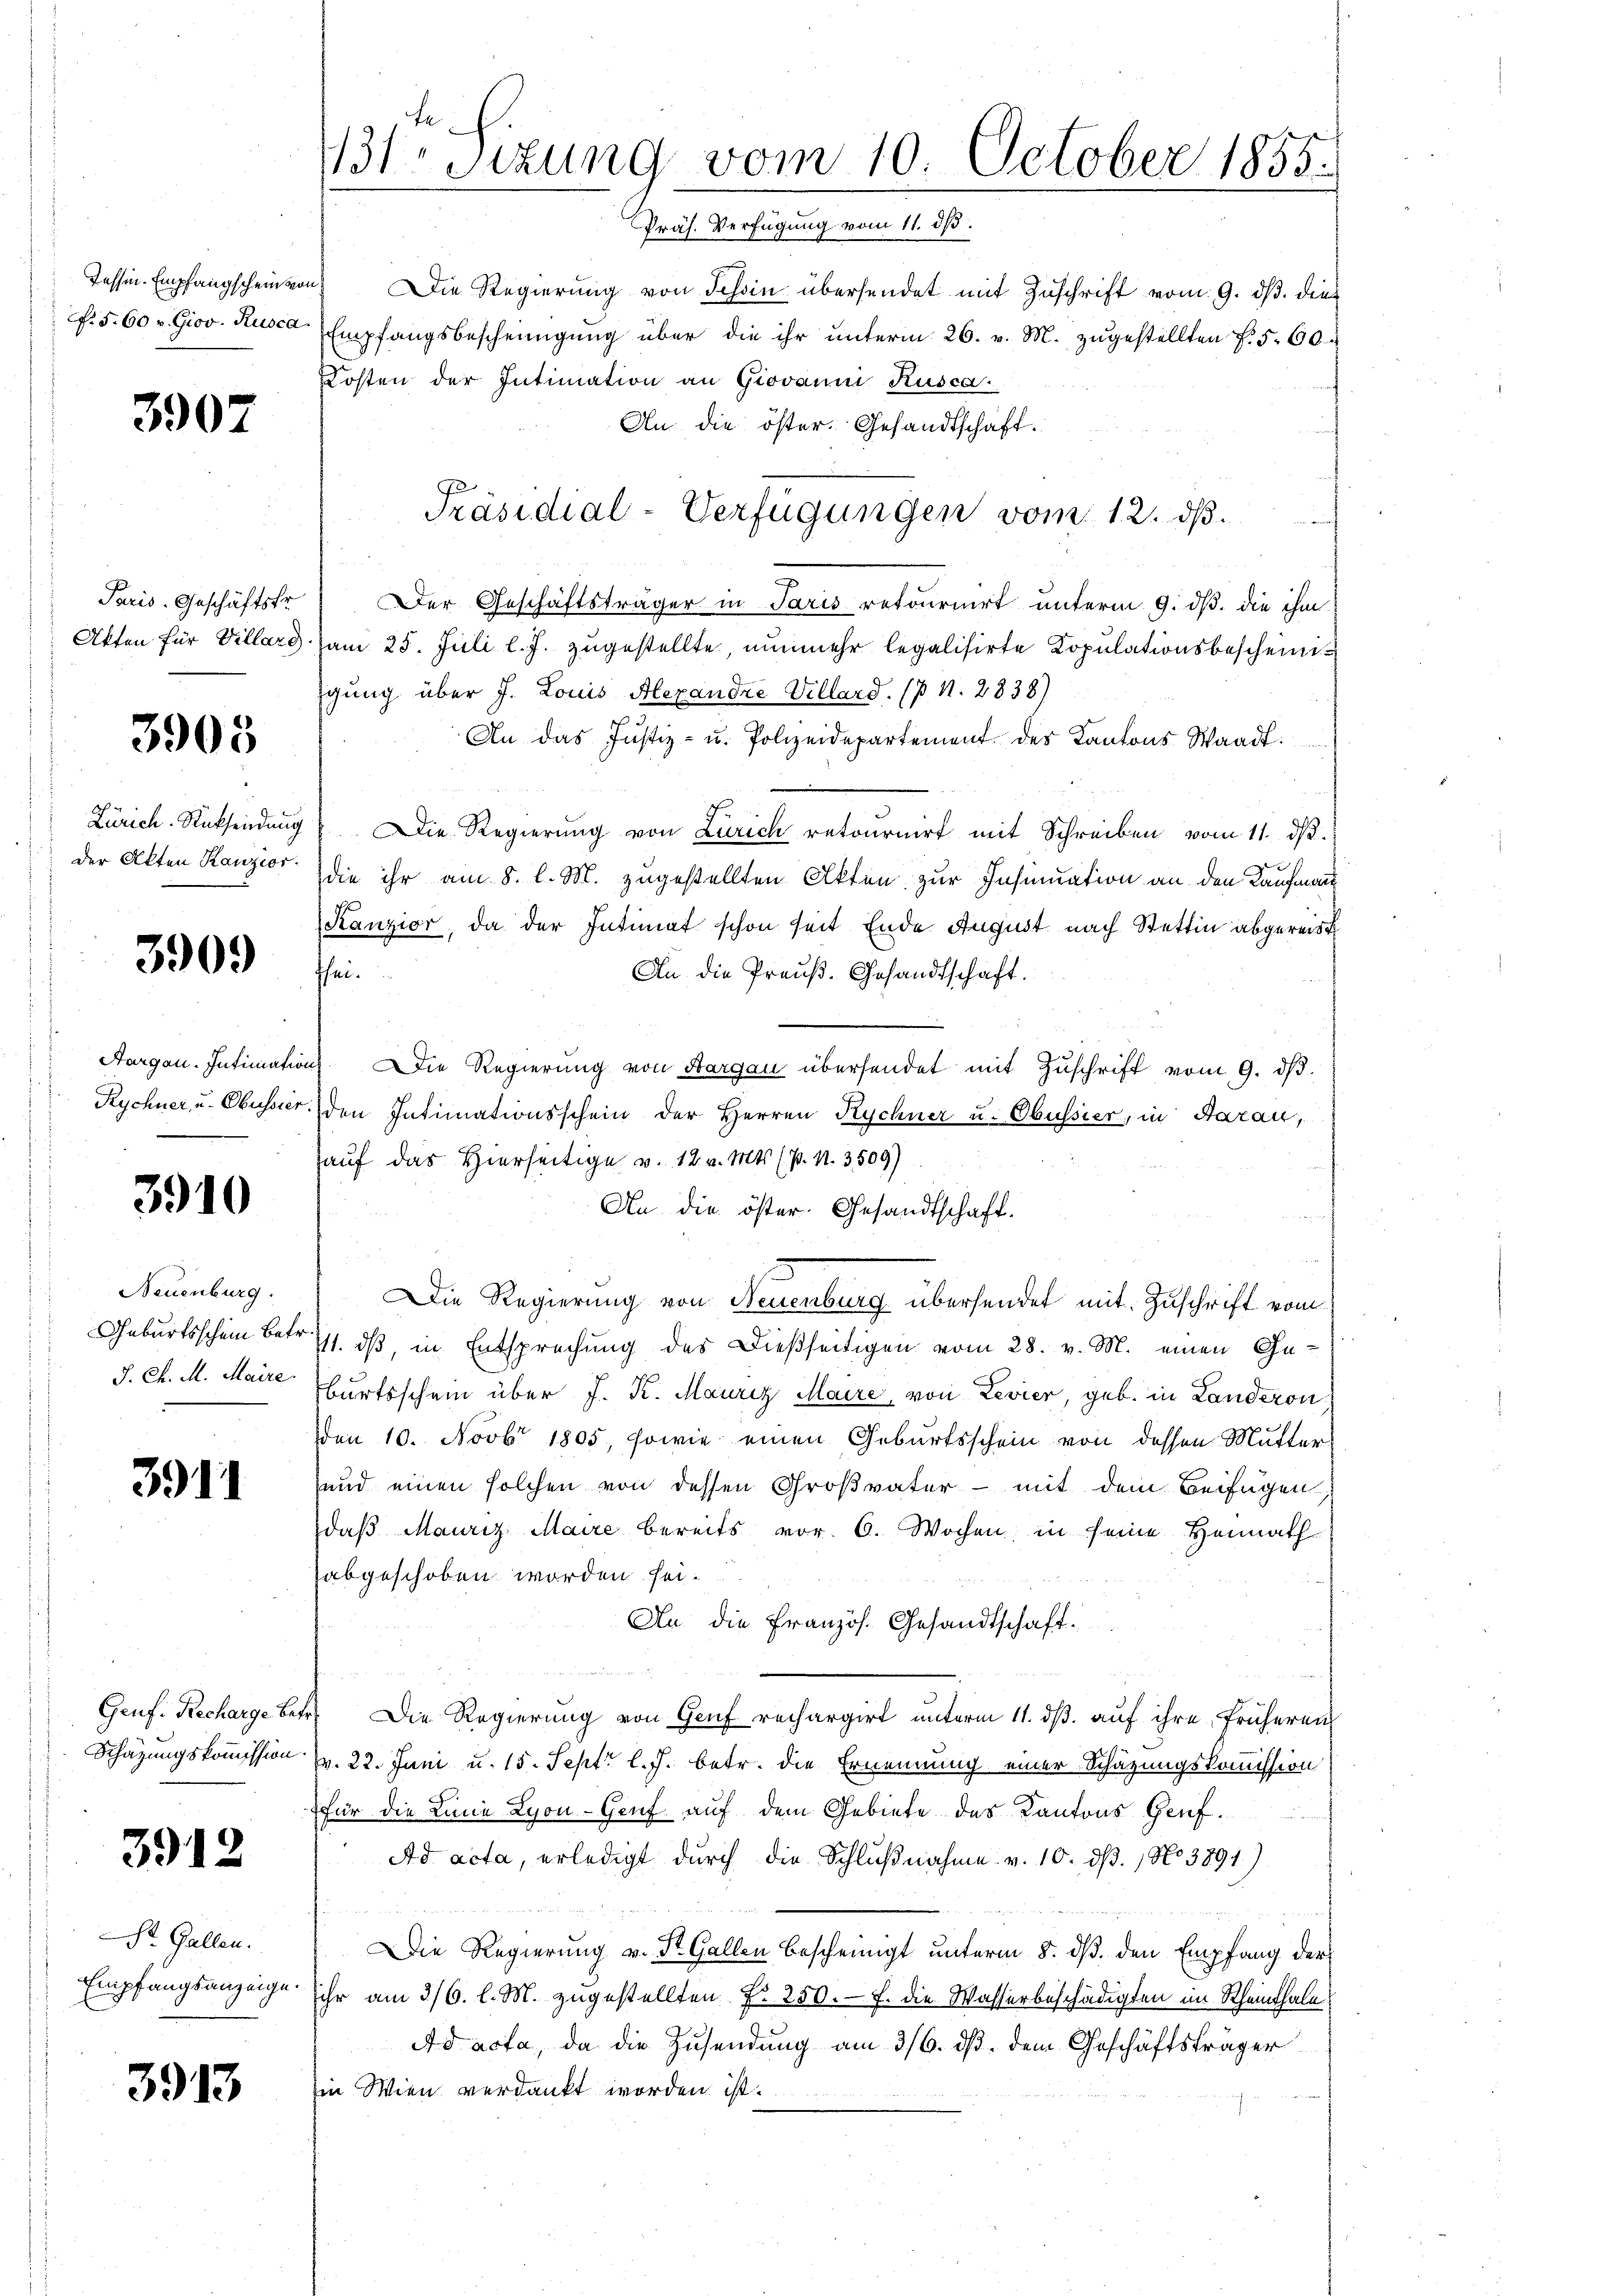
Tessin. Empfangschein von

3907

Paris-Geschäftsfr.

3905

Der Akten Kanzior.

3909

.

3910

Neuenburg.

3911

3912

St. Gallen.

3913

Die Regierung von Schon übersendet mit Zuschrift vom 9. ds. dies
. 5. 60 v. Giov. Rusca Empfangsbescheinigung über die ihr unterm 26. v. M. zugestellten f. 560.
Kosten der Intimation an Giovanni Rusca.
An die öster. Gesandtschaft.
Der Geschäftsträger in Paris retournirt unterm 9. ds. die ihm
Akten für Villard am 25. Juli l. J. zugestellte, nunmehr legalisirte Copulationsbescheiniigung über J. Louis Alexandre Villard. (p N. 2838)
An das Justiz- u. Polizeidepartement des Kantons Waadt.
Zürich. Rücksendung Die Regierung von Zürich retournirt mit Schreiben vom 11. dβ.
die ihr am 8. l. M. zugestellten Akten zur Insinuation an den Kaufmann
Kanzior, da der Intimat schon seit Ende August nach Stettin abgereis
An die Preuß. Gesandtschaft.
ffei.
Aargau. Intimation. Die Regierung von Aargau übersendet mit Zŭschrift vom 9. dβ.
Rychner, u. Obusser den Intimationsschein der Herren Rychner u. Obussier, in Aarau,
auf das Hierseitige v. 12. v. Mts. (p. N. 3509)
An die öster Gesandtschaft.
Die Regierung von Neuenburg übersendet mit Zuschrift vom
Geburtsschein Betr. 11. ds, in Entsprechung des Dießseitigen vom 28. v. M. einen Ge¬
J. C. M. Maire Wurtsschein über J. K. Mauriz Maire, von Levier, geb. in Landeron
Den 10. Novbr 1805, sowie einen Geburtsschein von dessen Mutter
und einen solchen von dessen Großvater - mit dem Beifügen,
daß Mauriz Maire bereits vor. 6. Wochen in seine Heimath
abgeschoben worden sei.
An die Französ. Gesandtschaft.
Genf. Recharge betr. Die Regierung von Genf rechargirt unterm 11. dβ aŭf ihre früheren
Schazungskommission v. 22. Juni u. 15. Sept. l. J. betr. die Ernennung einer Schätzungskommission
für die Linie Lyon - Genf auf dem Gebiete des Kantons Genf.
Ad acta, erledigt durch die Schlußnahme v. 10. ds., No 3891)
5
Die Regierung v. St. Gallen bescheinigt unterm 8. ds. den Empfang der
Empfangsanzeige ihr am 3/6. l. M. zugestellten Fr. 250. f. die Wasserbeschädigten im Rheinthale
Ad acta, da die Zusendung am 316. ds. dem Geschäftsträger
Ein Wien verdankt worden ist.

131. Sizung vom 10. October 1855.
Präs. Verfügung vom 11. ds.

Präsidial-Verfügungen vom 12. ds.